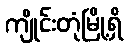
ကျိုင်းတုံမြို့ရှိ